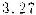
3.27